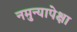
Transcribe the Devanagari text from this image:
नमुन्यापेक्षा